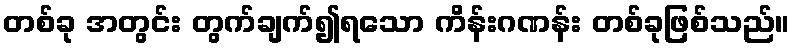
တစ်ခု အတွင်း တွက်ချက်၍ရသော ကိန်းဂဏန်း တစ်ခုဖြစ်သည်။